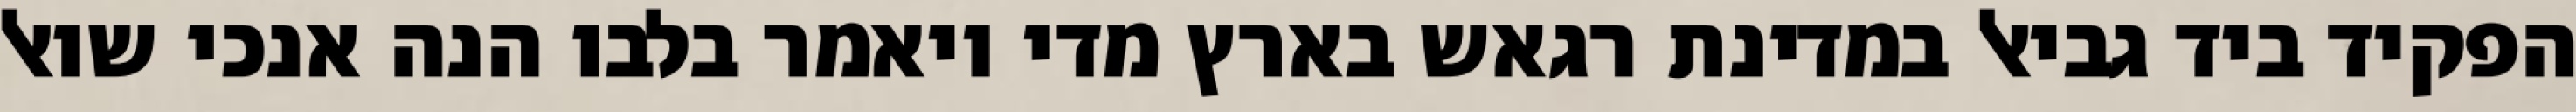
הפקיד ביד גביאל במדינת רגאש בארץ מדי ויאמר בלבו הנה אנכי שואל